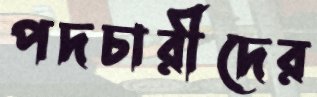
পদচারীদের